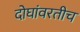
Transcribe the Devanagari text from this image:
दोघांवरतीच